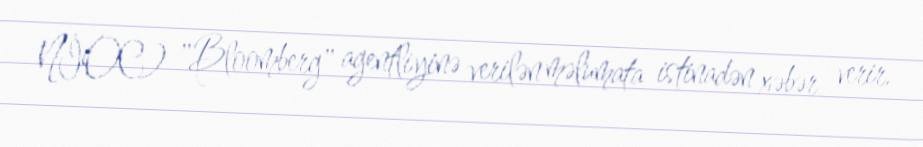
NİOC) "Bloomberg" agentliyinə verilən məlumata istinadən xəbər verir.